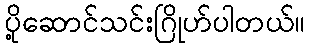
ပို့ဆောင်သင်းဂြိုဟ်ပါတယ်။